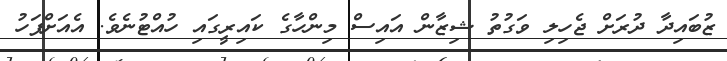
ޒުބައިދާ ދުރަށް ޖެހިލި ވަގުތު ޝިޒާން އައިސް މިންހާގެ ކައިރީގައި ހުއްޓުނެވެ. އެއަށްފަހު